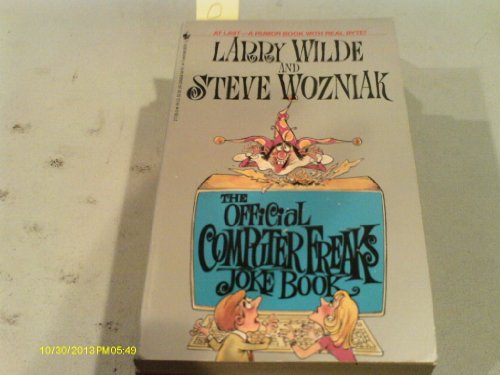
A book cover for The Official Computer Freaks Joke Book; Larry Wilde; Humor & Entertainment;